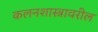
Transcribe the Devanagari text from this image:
कलनशास्त्रावरील